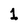
Character: 1